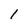
Character: 1